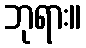
ဘုရား။